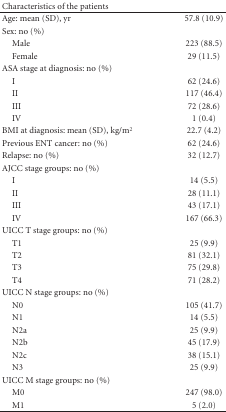
| Characteristics of the patients |  |
 | --- | --- |
 | Age: mean (SD), yr | 57.8 (10.9) |
 | Sex: no (%) |  |
 | Male | 223 (88.5) |
 | Female | 29 (11.5) |
 | ASA stage at diagnosis: no (%) |  |
 | I | 62 (24.6) |
 | II | 117 (46.4) |
 | III | 72 (28.6) |
 | IV | 1 (0.4) |
 | BMI at diagnosis: mean (SD), kg/m2 | 22.7 (4.2) |
 | Previous ENT cancer: no (%) | 62 (24.6) |
 | Relapse: no (%) | 32 (12.7) |
 | AJCC stage groups: no (%) |  |
 | I | 14 (5.5) |
 | II | 28 (11.1) |
 | III | 43 (17.1) |
 | IV | 167 (66.3) |
 | UICC T stage groups: no (%) |  |
 | T1 | 25 (9.9) |
 | T2 | 81 (32.1) |
 | T3 | 75 (29.8) |
 | T4 | 71 (28.2) |
 | UICC N stage groups: no (%) |  |
 | N0 | 105 (41.7) |
 | N1 | 14 (5.5) |
 | N2a | 25 (9.9) |
 | N2b | 45 (17.9) |
 | N2c | 38 (15.1) |
 | N3 | 25 (9.9) |
 | UICC M stage groups: no (%) |  |
 | M0 | 247 (98.0) |
 | M1 | 5 (2.0) |